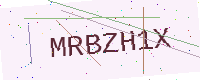
Text: MRBZH1X